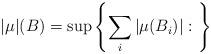
LaTeX: \begin{align*}|\mu|(B)=\sup\left\{\sum_i|\mu(B_i)|:\ \right\}\end{align*}